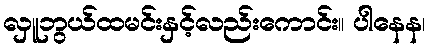
လှူဘွယ်ထမင်းနှင့်လည်းကောင်း။ ပါနေန၊